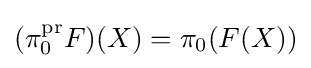
(\pi _{0}^{\text{pr}}F)(X)=\pi _{0}(F(X))